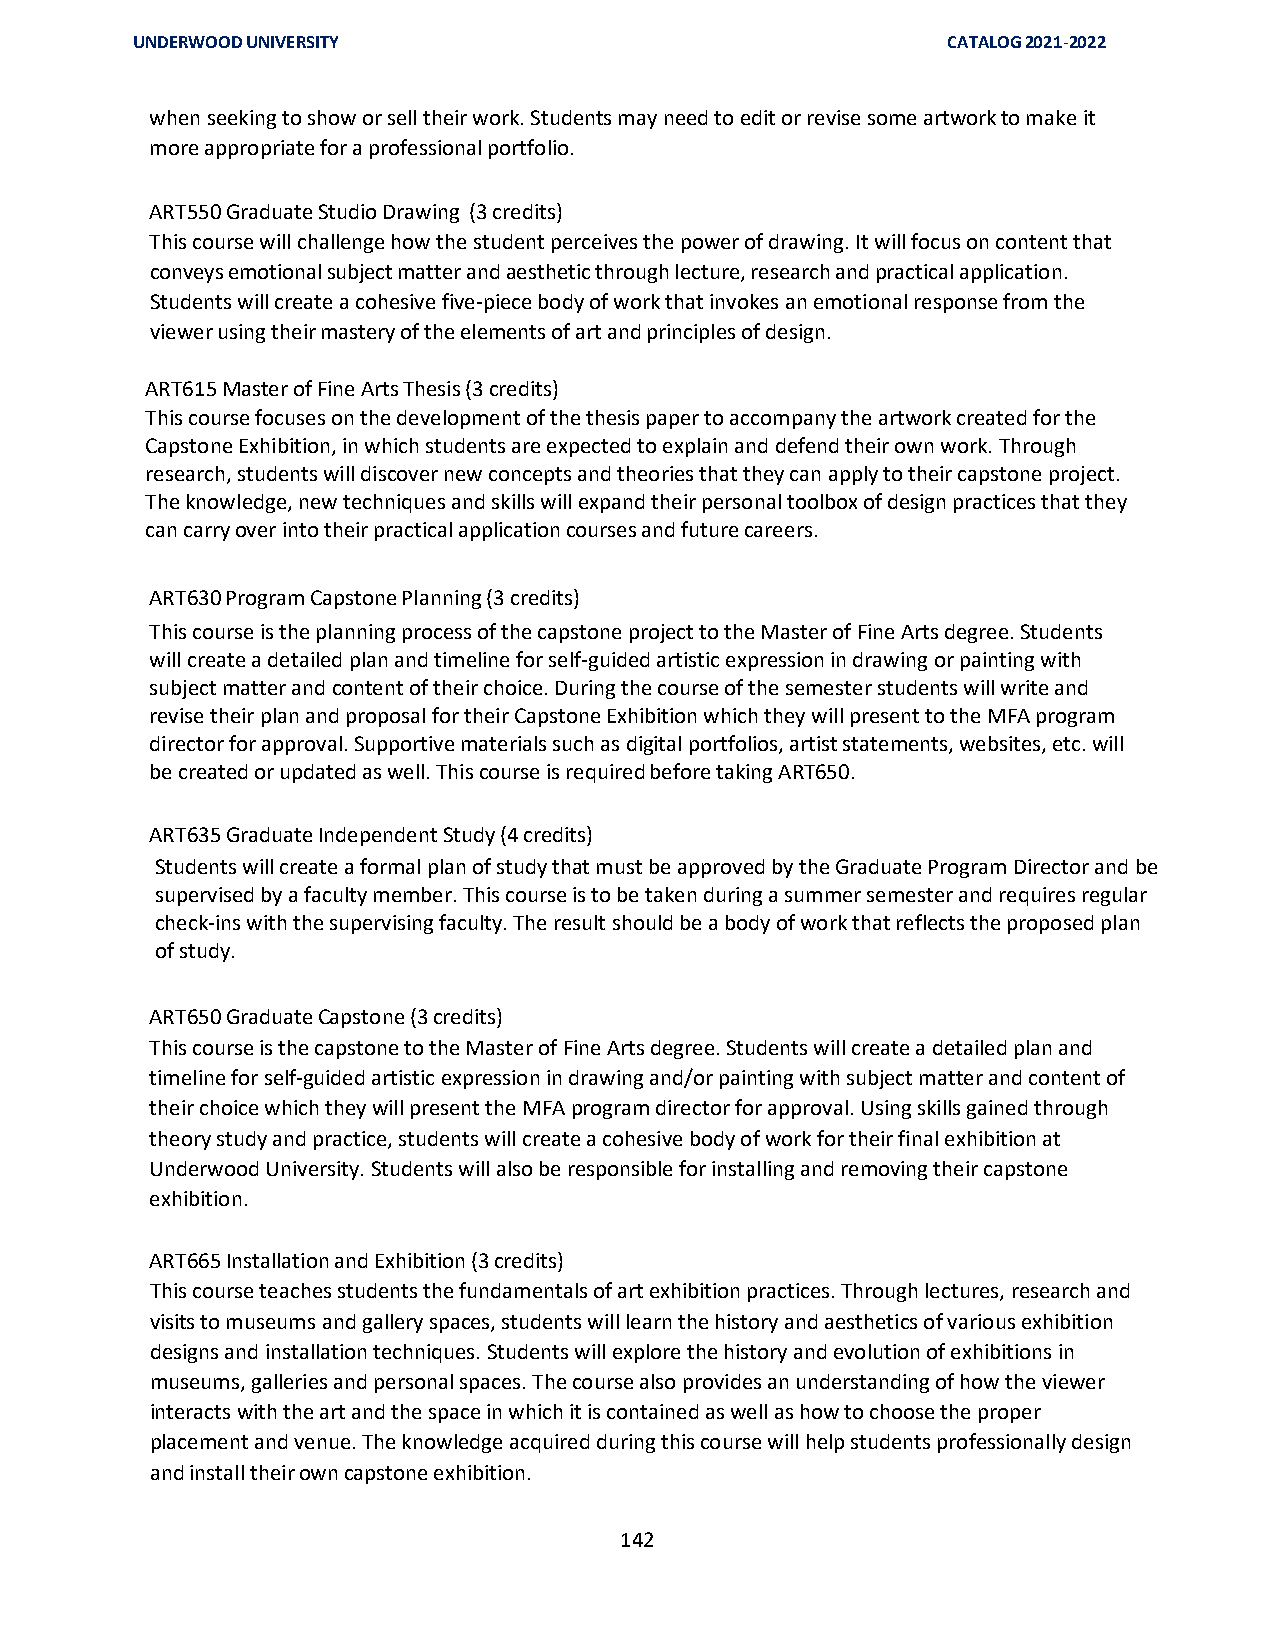
UNDERWOOD UNIVERSITY                                  CATALOG 2021-2022
 when seeking to show or sell their work. Students may need to edit or revise some artwork to make it
 more appropriate for a professional portfolio.
 ART550 Graduate Studio Drawing (3 credits)
 This course will challenge how the student perceives the power of drawing. It will focus on content that
 conveys emotional subject matter and aesthetic through lecture, research and practical application.
 Students will create a cohesive five-piece body of work that invokes an emotional response from the
 viewer using their mastery of the elements of art and principles of design.
 ART615 Master of Fine Arts Thesis (3 credits)
 This course focuses on the development of the thesis paper to accompany the artwork created for the
 Capstone Exhibition, in which students are expected to explain and defend their own work. Through
 research, students will discover new concepts and theories that they can apply to their capstone project.
 The knowledge, new techniques and skills will expand their personal toolbox of design practices that they
 can carry over into their practical application courses and future careers.
 ART630 Program Capstone Planning (3 credits)
 This course is the planning process of the capstone project to the Master of Fine Arts degree. Students
 will create a detailed plan and timeline for self-guided artistic expression in drawing or painting with
 subject matter and content of their choice. During the course of the semester students will write and
 revise their plan and proposal for their Capstone Exhibition which they will present to the MFA program
 director for approval. Supportive materials such as digital portfolios, artist statements, websites, etc. will
 be created or updated as well. This course is required before taking ART650.
 ART635 Graduate Independent Study (4 credits)
 Students will create a formal plan of study that must be approved by the Graduate Program Director and be
 supervised by a faculty member. This course is to be taken during a summer semester and requires regular
 check-ins with the supervising faculty. The result should be a body of work that reflects the proposed plan
 of study.
 ART650 Graduate Capstone (3 credits)
 This course is the capstone to the Master of Fine Arts degree. Students will create a detailed plan and
 timeline for self-guided artistic expression in drawing and/or painting with subject matter and content of
 their choice which they will present the MFA program director for approval. Using skills gained through
 theory study and practice, students will create a cohesive body of work for their final exhibition at
 Underwood University. Students will also be responsible for installing and removing their capstone
 exhibition.
 ART665 Installation and Exhibition (3 credits)
 This course teaches students the fundamentals of art exhibition practices. Through lectures, research and
 visits to museums and gallery spaces, students will learn the history and aesthetics of various exhibition
 designs and installation techniques. Students will explore the history and evolution of exhibitions in
 museums, galleries and personal spaces. The course also provides an understanding of how the viewer
 interacts with the art and the space in which it is contained as well as how to choose the proper
 placement and venue. The knowledge acquired during this course will help students professionally design
 and install their own capstone exhibition.
 142